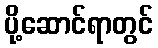
ပို့ဆောင်ရာတွင်